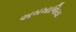
અબખાજિયા